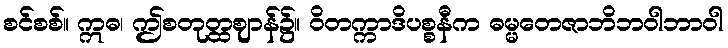
စင်စစ်။ ဣဓ၊ ဤစတုတ္ထဈာန်၌။ ဝိတက္ကာဒိပစ္စနီက ဓမ္မတေဇာဘိဘဝါဘာဝါ